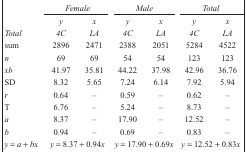
<table><thead><tr><td></td><td colspan="2"><b><i>Female</i></b></td><td colspan="2"><b><i>Male</i></b></td><td colspan="2"><b><i>Total</i></b></td></tr><tr><td></td><td><b><i>y</i></b></td><td><b><i>x</i></b></td><td><b><i>y</i></b></td><td><b><i>x</i></b></td><td><b><i>y</i></b></td><td><b><i>x</i></b></td></tr><tr><td><b><i>Total</i></b></td><td><b><i>4C</i></b></td><td><b><i>LA</i></b></td><td><b><i>4C</i></b></td><td><b><i>LA</i></b></td><td><b><i>4C</i></b></td><td><b><i>LA</i></b></td></tr></thead><tbody><tr><td>sum</td><td>2896</td><td>2471</td><td>2388</td><td>2051</td><td>5284</td><td>4522</td></tr><tr><td><i>n</i></td><td>69</td><td>69</td><td>54</td><td>54</td><td>123</td><td>123</td></tr><tr><td><i>xb</i></td><td>41.97</td><td>35.81</td><td>44.22</td><td>37.98</td><td>42.96</td><td>36.76</td></tr><tr><td>SD</td><td>8.32</td><td>5.65</td><td>7.24</td><td>6.14</td><td>7.92</td><td>5.94</td></tr><tr><td><i>r</i></td><td>0.64</td><td>–</td><td>0.59</td><td>–</td><td>0.62</td><td>–</td></tr><tr><td>T</td><td>6.76</td><td>–</td><td>5.24</td><td>–</td><td>8.73</td><td>–</td></tr><tr><td><i>a</i></td><td>8.37</td><td>–</td><td>17.90</td><td>–</td><td>12.52</td><td>–</td></tr><tr><td><i>b</i></td><td>0.94</td><td>–</td><td>0.69</td><td>–</td><td>0.83</td><td>–</td></tr><tr><td>y = a + bx</td><td colspan="2">y = 8.37 + 0.94x</td><td colspan="2">y = 17.90 + 0.69x</td><td colspan="2">y = 12.52 + 0.83x</td></tr></tbody></table>